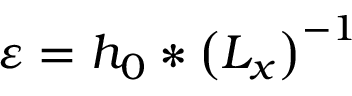
\varepsilon = h _ { 0 } * \left( L _ { x } \right) ^ { - 1 }